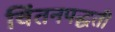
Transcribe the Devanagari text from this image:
चिंतनपद्धती